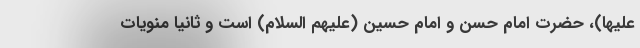
علیها)، حضرت امام حسن و امام حسین (علیهم السلام) است و ثانیاً منویات